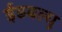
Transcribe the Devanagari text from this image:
ईडबल्यू